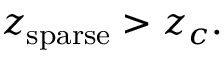
z _ { \mathrm { s p a r s e } } > z _ { c } .